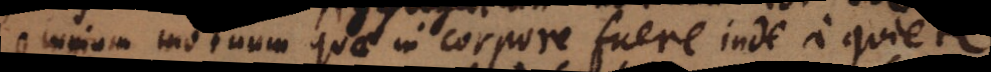
omnium motuum quae in corpore fuere inde a quiete,